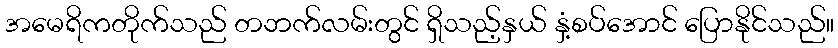
အမေရိကတိုက်သည် တဘက်လမ်းတွင် ရှိသည့်နှယ် နှံ့စပ်အောင် ပြောနိုင်သည်။